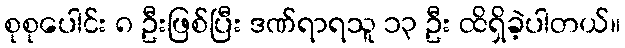
စုစုပေါင်း ၈ ဦးဖြစ်ပြီး ဒဏ်ရာရသူ ၁၃ ဦး ထိရှိခဲ့ပါတယ်။